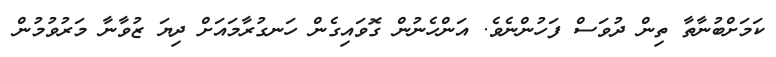
ކަމަށްބުނާތާ ތިން ދުވަސް ފަހުންނެވެ. އަންހެނުން ގޮވައިގެން ހަނގުރާމައަށް ދިޔަ ޒުވާނާ މަރުވުމުން